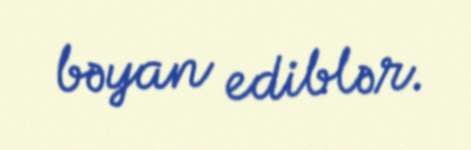
bəyan ediblər.